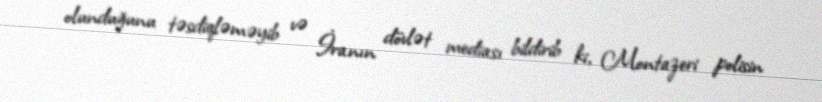
olunduğunu təsdiqləməyib və İranın dövlət mediası bildirib ki, Montazeri polisin